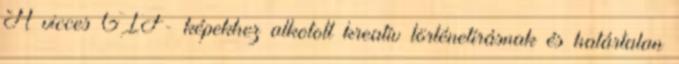
A vicces GIF- képekhez alkotott kreatív történetírásnak és határtalan